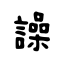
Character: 譟